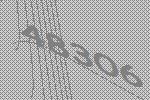
48306